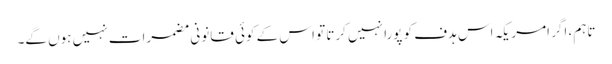
تاہم، اگر امریکہ اس ہدف کو پورا نہیں کرتا تو اس کے کوئی قانونی مضمرات نہیں ہوں گے۔